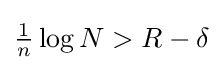
\textstyle {\frac {1}{n}}\log N>R-\delta